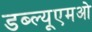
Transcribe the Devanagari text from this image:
डब्ल्यूएमओ